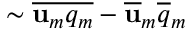
\sim \overline { { \mathbf { u } _ { m } q _ { m } } } - \overline { { \mathbf { u } } } _ { m } \overline { { q } } _ { m }